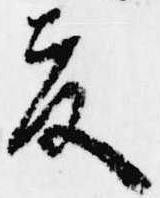
夏